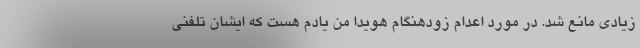
زیادی مانع شد. در مورد اعدام زودهنگام هویدا من یادم هست که ایشان تلفنی